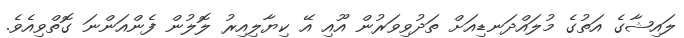
ލައިޝާގެ އަތުގެ މުލައްދަނޑިއަށް ތަދުވިވަރުން އޫއި އޭ ކިޔާލިއިރު ލޮލުން ފެންއަންނަ ގޮތްވިއެވެ.